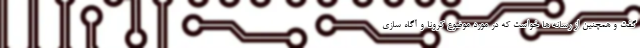
گفت و همچنین از رسانه ها خواست که در مورد موضوع کرونا و آگاه سازی